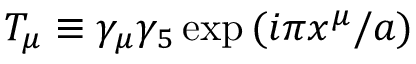
T _ { \mu } \equiv \gamma _ { \mu } \gamma _ { 5 } \exp { ( i \pi x ^ { \mu } / a ) }